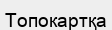
Топокартқа